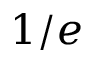
1 / e